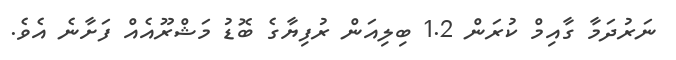
ނަރުދަމާ ގާއިމް ކުރަން 1.2 ބިލިއަން ރުފިޔާގެ ބޮޑު މަޝްރޫއެއް ފަށާނެ އެވެ.